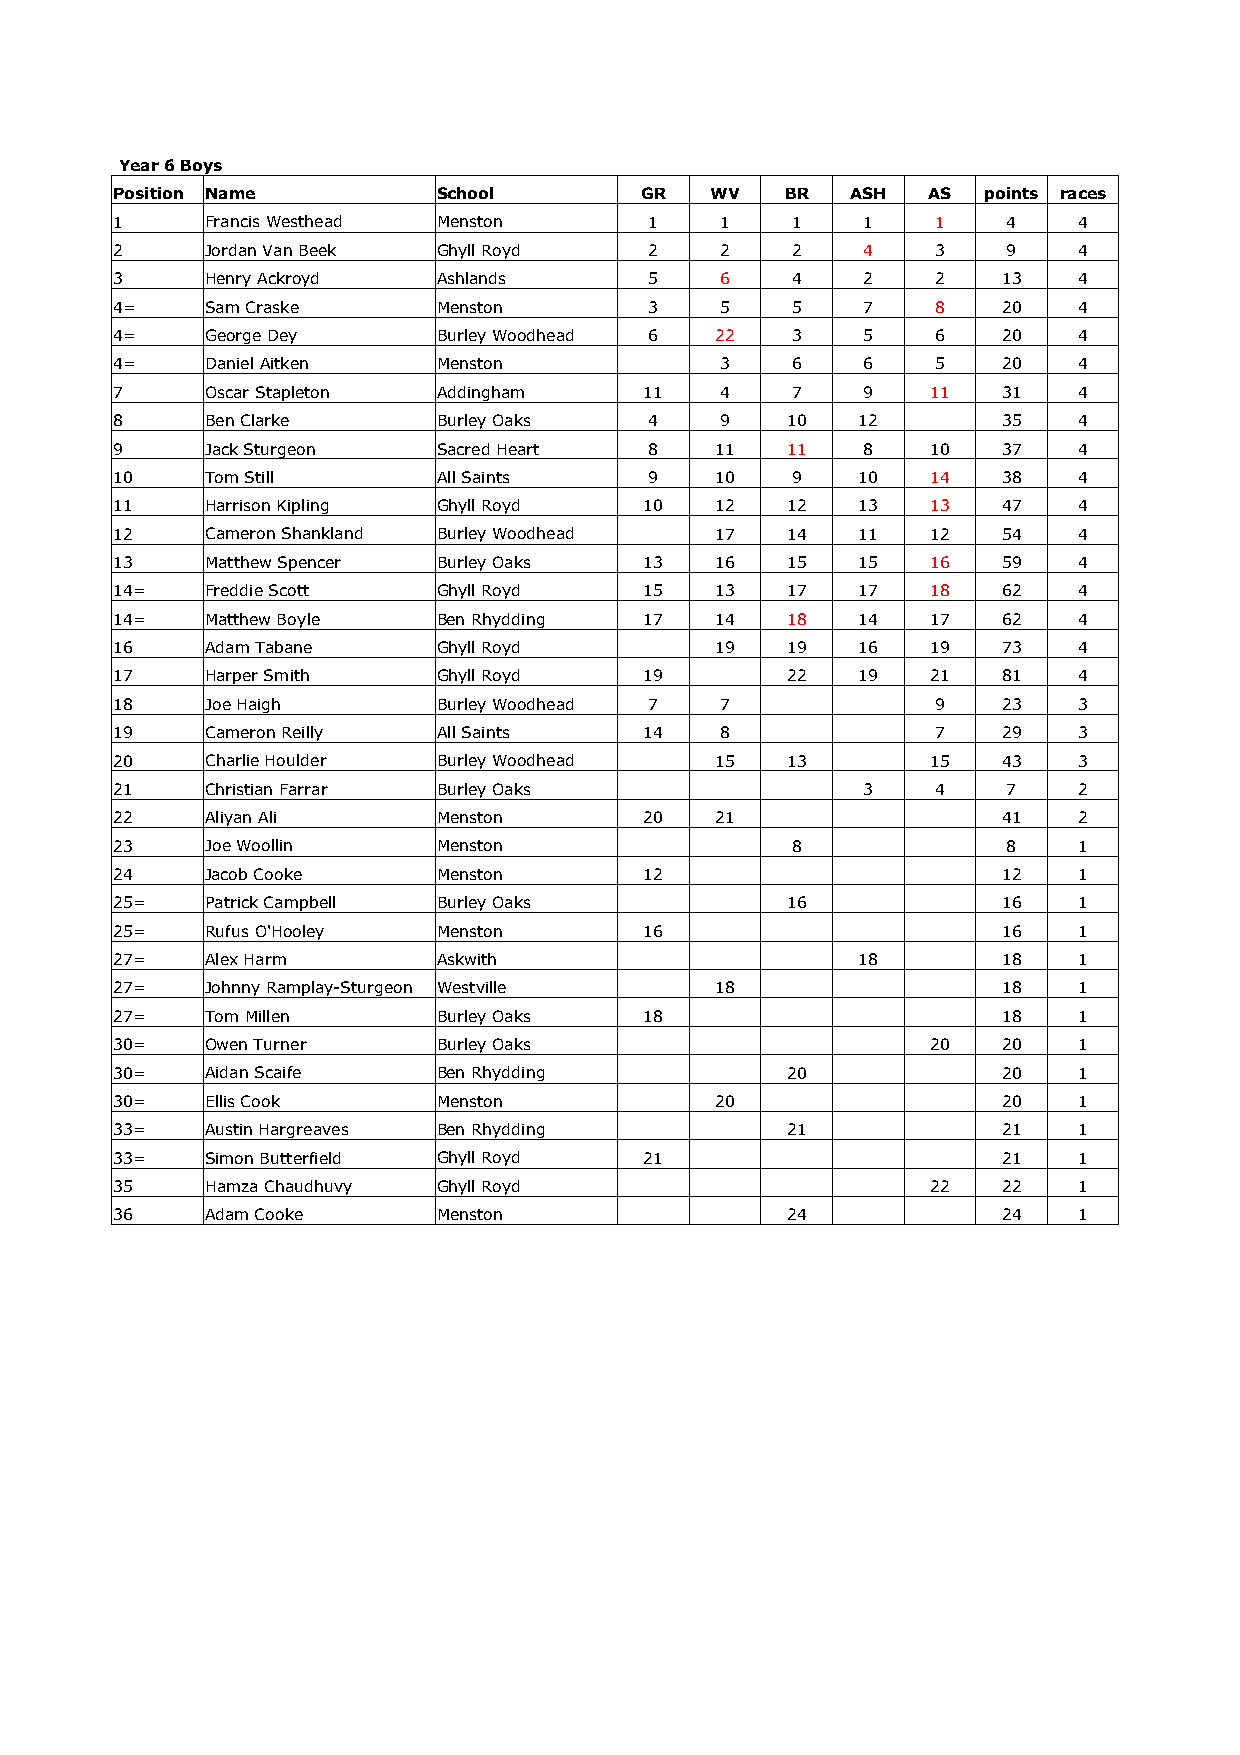
Year 6 Boys
 Position Name         School       GR   WV   BR  ASH  AS  points races
 1      Francis Westhead Menston     1    1   1    1    1    4   4
 2      Jordan Van Beek Ghyll Royd   2    2   2    4    3    9   4
 3      Henry Ackroyd  Ashlands      5    6   4    2    2   13   4
 4=     Sam Craske     Menston       3    5   5    7    8   20   4
 4=     George Dey     Burley Woodhead 6 22   3    5    6   20   4
 4=     Daniel Aitken  Menston            3   6    6    5   20   4
 7      Oscar Stapleton Addingham    11   4   7    9    11  31   4
 8      Ben Clarke     Burley Oaks   4    9   10   12       35   4
 9      Jack Sturgeon  Sacred Heart  8   11   11   8    10  37   4
 10     Tom Still      All Saints    9   10   9    10   14  38   4
 11     Harrison Kipling Ghyll Royd  10  12   12   13   13  47   4
 12     Cameron Shankland Burley Woodhead 17  14   11   12  54   4
 13     Matthew Spencer Burley Oaks  13  16   15   15   16  59   4
 14=    Freddie Scott  Ghyll Royd    15  13   17   17   18  62   4
 14=    Matthew Boyle  Ben Rhydding  17  14   18   14   17  62   4
 16     Adam Tabane    Ghyll Royd        19   19   16   19  73   4
 17     Harper Smith   Ghyll Royd    19       22   19   21  81   4
 18     Joe Haigh      Burley Woodhead 7  7             9   23   3
 19     Cameron Reilly All Saints    14   8             7   29   3
 20     Charlie Houlder Burley Woodhead  15   13        15  43   3
 21     Christian Farrar Burley Oaks               3    4    7   2
 22     Aliyan Ali     Menston       20  21                 41   2
 23     Joe Woollin    Menston                8              8   1
 24     Jacob Cooke    Menston       12                     12   1
 25=    Patrick Campbell Burley Oaks          16            16   1
 25=    Rufus O'Hooley Menston       16                     16   1
 27=    Alex Harm      Askwith                     18       18   1
 27=    Johnny Ramplay-Sturgeon Westville 18                18   1
 27=    Tom Millen     Burley Oaks   18                     18   1
 30=    Owen Turner    Burley Oaks                      20  20   1
 30=    Aidan Scaife   Ben Rhydding           20            20   1
 30=    Ellis Cook     Menston           20                 20   1
 33=    Austin Hargreaves Ben Rhydding        21            21   1
 33=    Simon Butterfield Ghyll Royd 21                     21   1
 35     Hamza Chaudhuvy Ghyll Royd                      22  22   1
 36     Adam Cooke     Menston                24            24   1